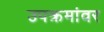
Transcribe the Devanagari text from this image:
उपक्रमांवर